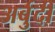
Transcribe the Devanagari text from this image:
अर्बुदी